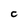
Character: C